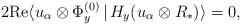
LaTeX: \begin{align*}2 \mathrm{Re} \langle u_{\alpha}\otimes \Phi_y^{(0)}\,|\,H_y (u_{\alpha} \otimes R_*)\rangle = 0, \end{align*}